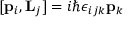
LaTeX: [ { \bf { p } } _ { i } , { \bf { L } } _ { j } ] = i \hbar \epsilon _ { i j k } { \bf { p } } _ { k }